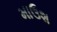
માઉશ